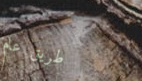
طريق عام